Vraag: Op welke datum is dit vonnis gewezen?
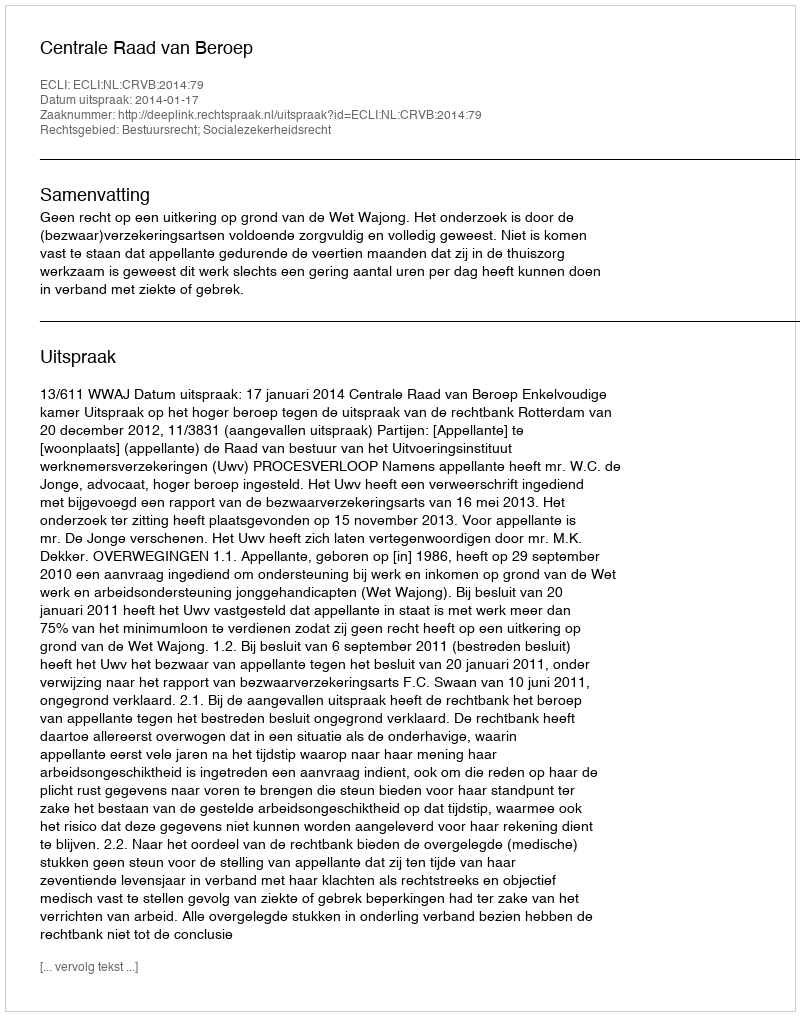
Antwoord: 2014-01-17